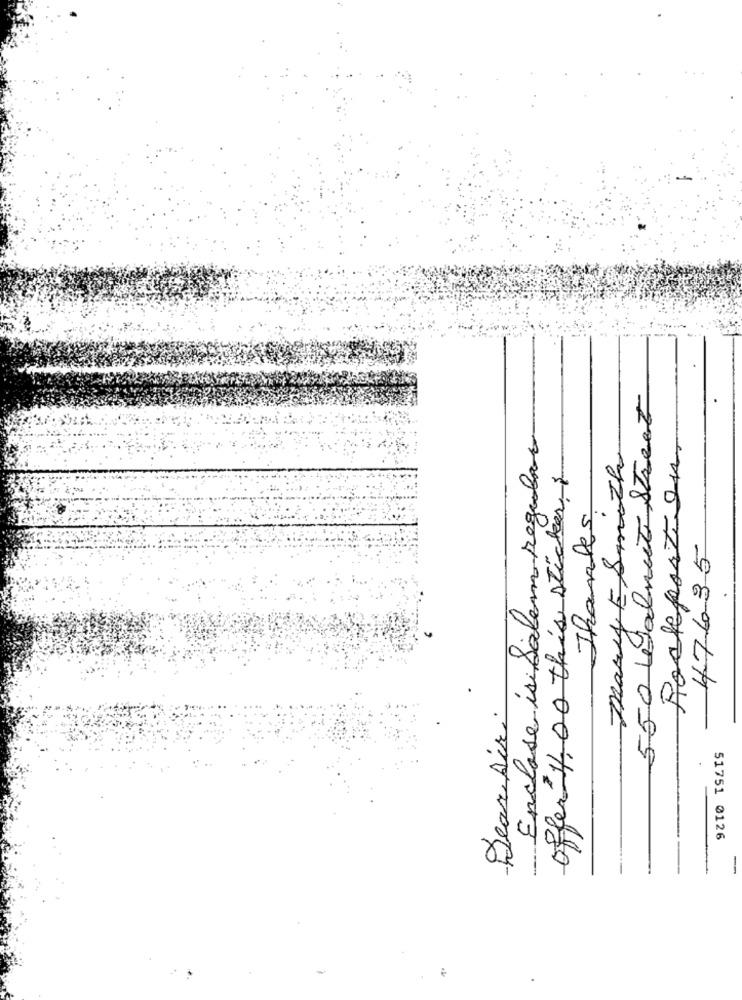
550 Walnut Street
Rockporten
Enclase isi Salem regular
mary E Smith
offer 11, 00 this sticker
Thanks
47635
Dear Air.
51751 0126